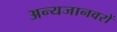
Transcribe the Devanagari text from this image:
अन्यजानवरों